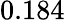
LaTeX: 0.184